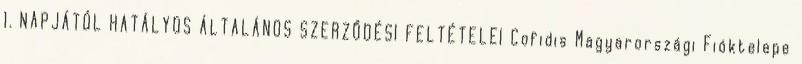
1. NAPJÁTÓL HATÁLYOS ÁLTALÁNOS SZERZŐDÉSI FELTÉTELEI Cofidis Magyarországi Fióktelepe